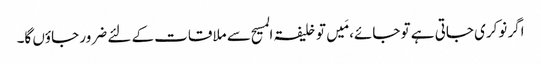
اگر نوکری جاتی ہے تو جائے، مَیں تو خلیفۃ المسیح سے ملاقات کے لئے ضرور جاؤں گا۔